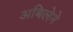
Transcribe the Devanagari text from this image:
अबिलेने